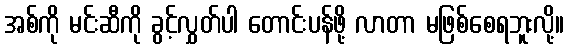
အစ်ကို မင်းဆီကို ခွင့်လွှတ်ပါ တောင်းပန်ဖို့ လာတာ မဖြစ်စေရဘူးလို့။